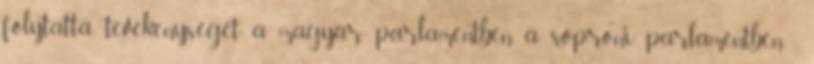
folytatta tevékenységét a magyar parlamentben a soproni parlamentben ,